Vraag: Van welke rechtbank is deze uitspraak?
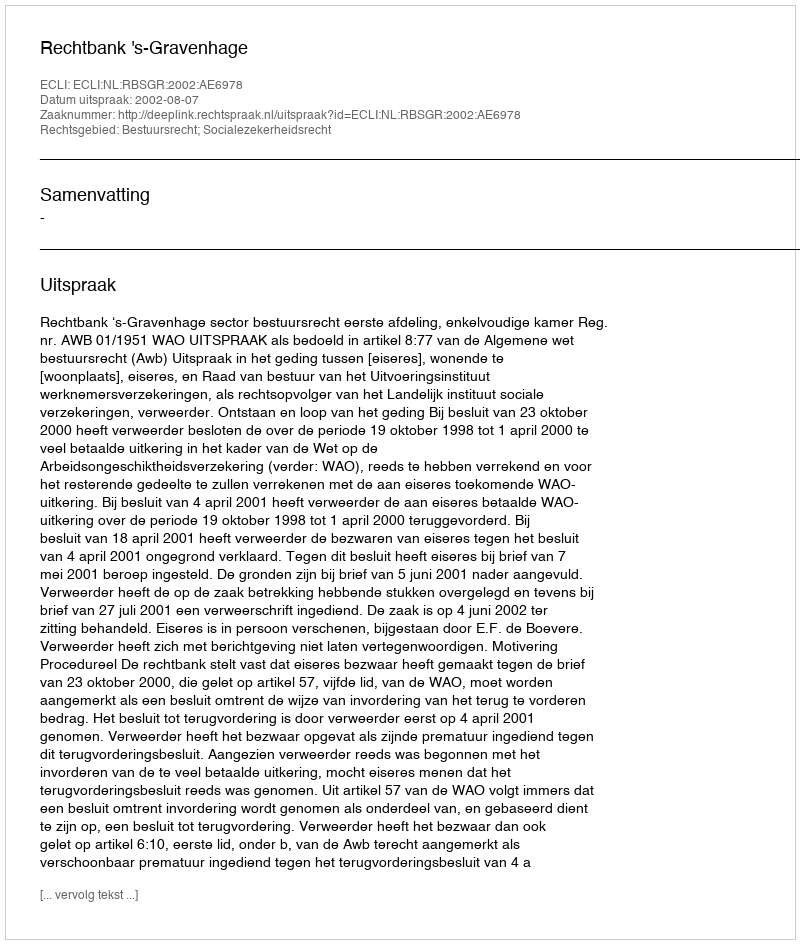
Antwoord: Rechtbank 's-Gravenhage